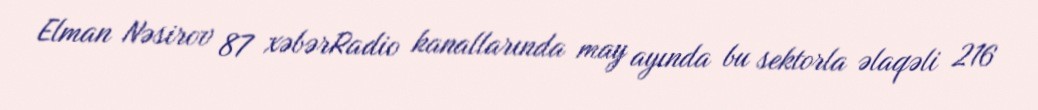
Elman Nəsirov 87 xəbərRadio kanallarında may ayında bu sektorla əlaqəli 216